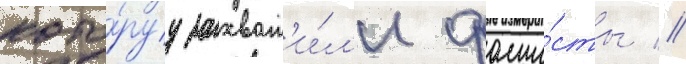
кото́руу захват'и́л'и фаши́сты //